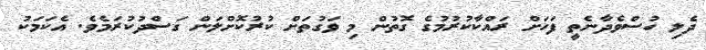
ދެލި ހުސްވެދާނެތީ ފަހަށް ރައްކާކުރުމުގެ ގޮތުން މި ވަގުތަށް ކުރުކޮށްލަން ގަސްދުކުރަމެވެ. އެކަމަކު